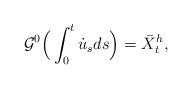
LaTeX: \begin{align*}\mathcal{G}^{0}\Big(\int_{0}^{t}\dot{u}_{s}ds\Big)=\bar{X}^{h}_{t},\end{align*}